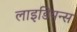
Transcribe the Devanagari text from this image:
लाइडियन्स